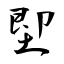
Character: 堲